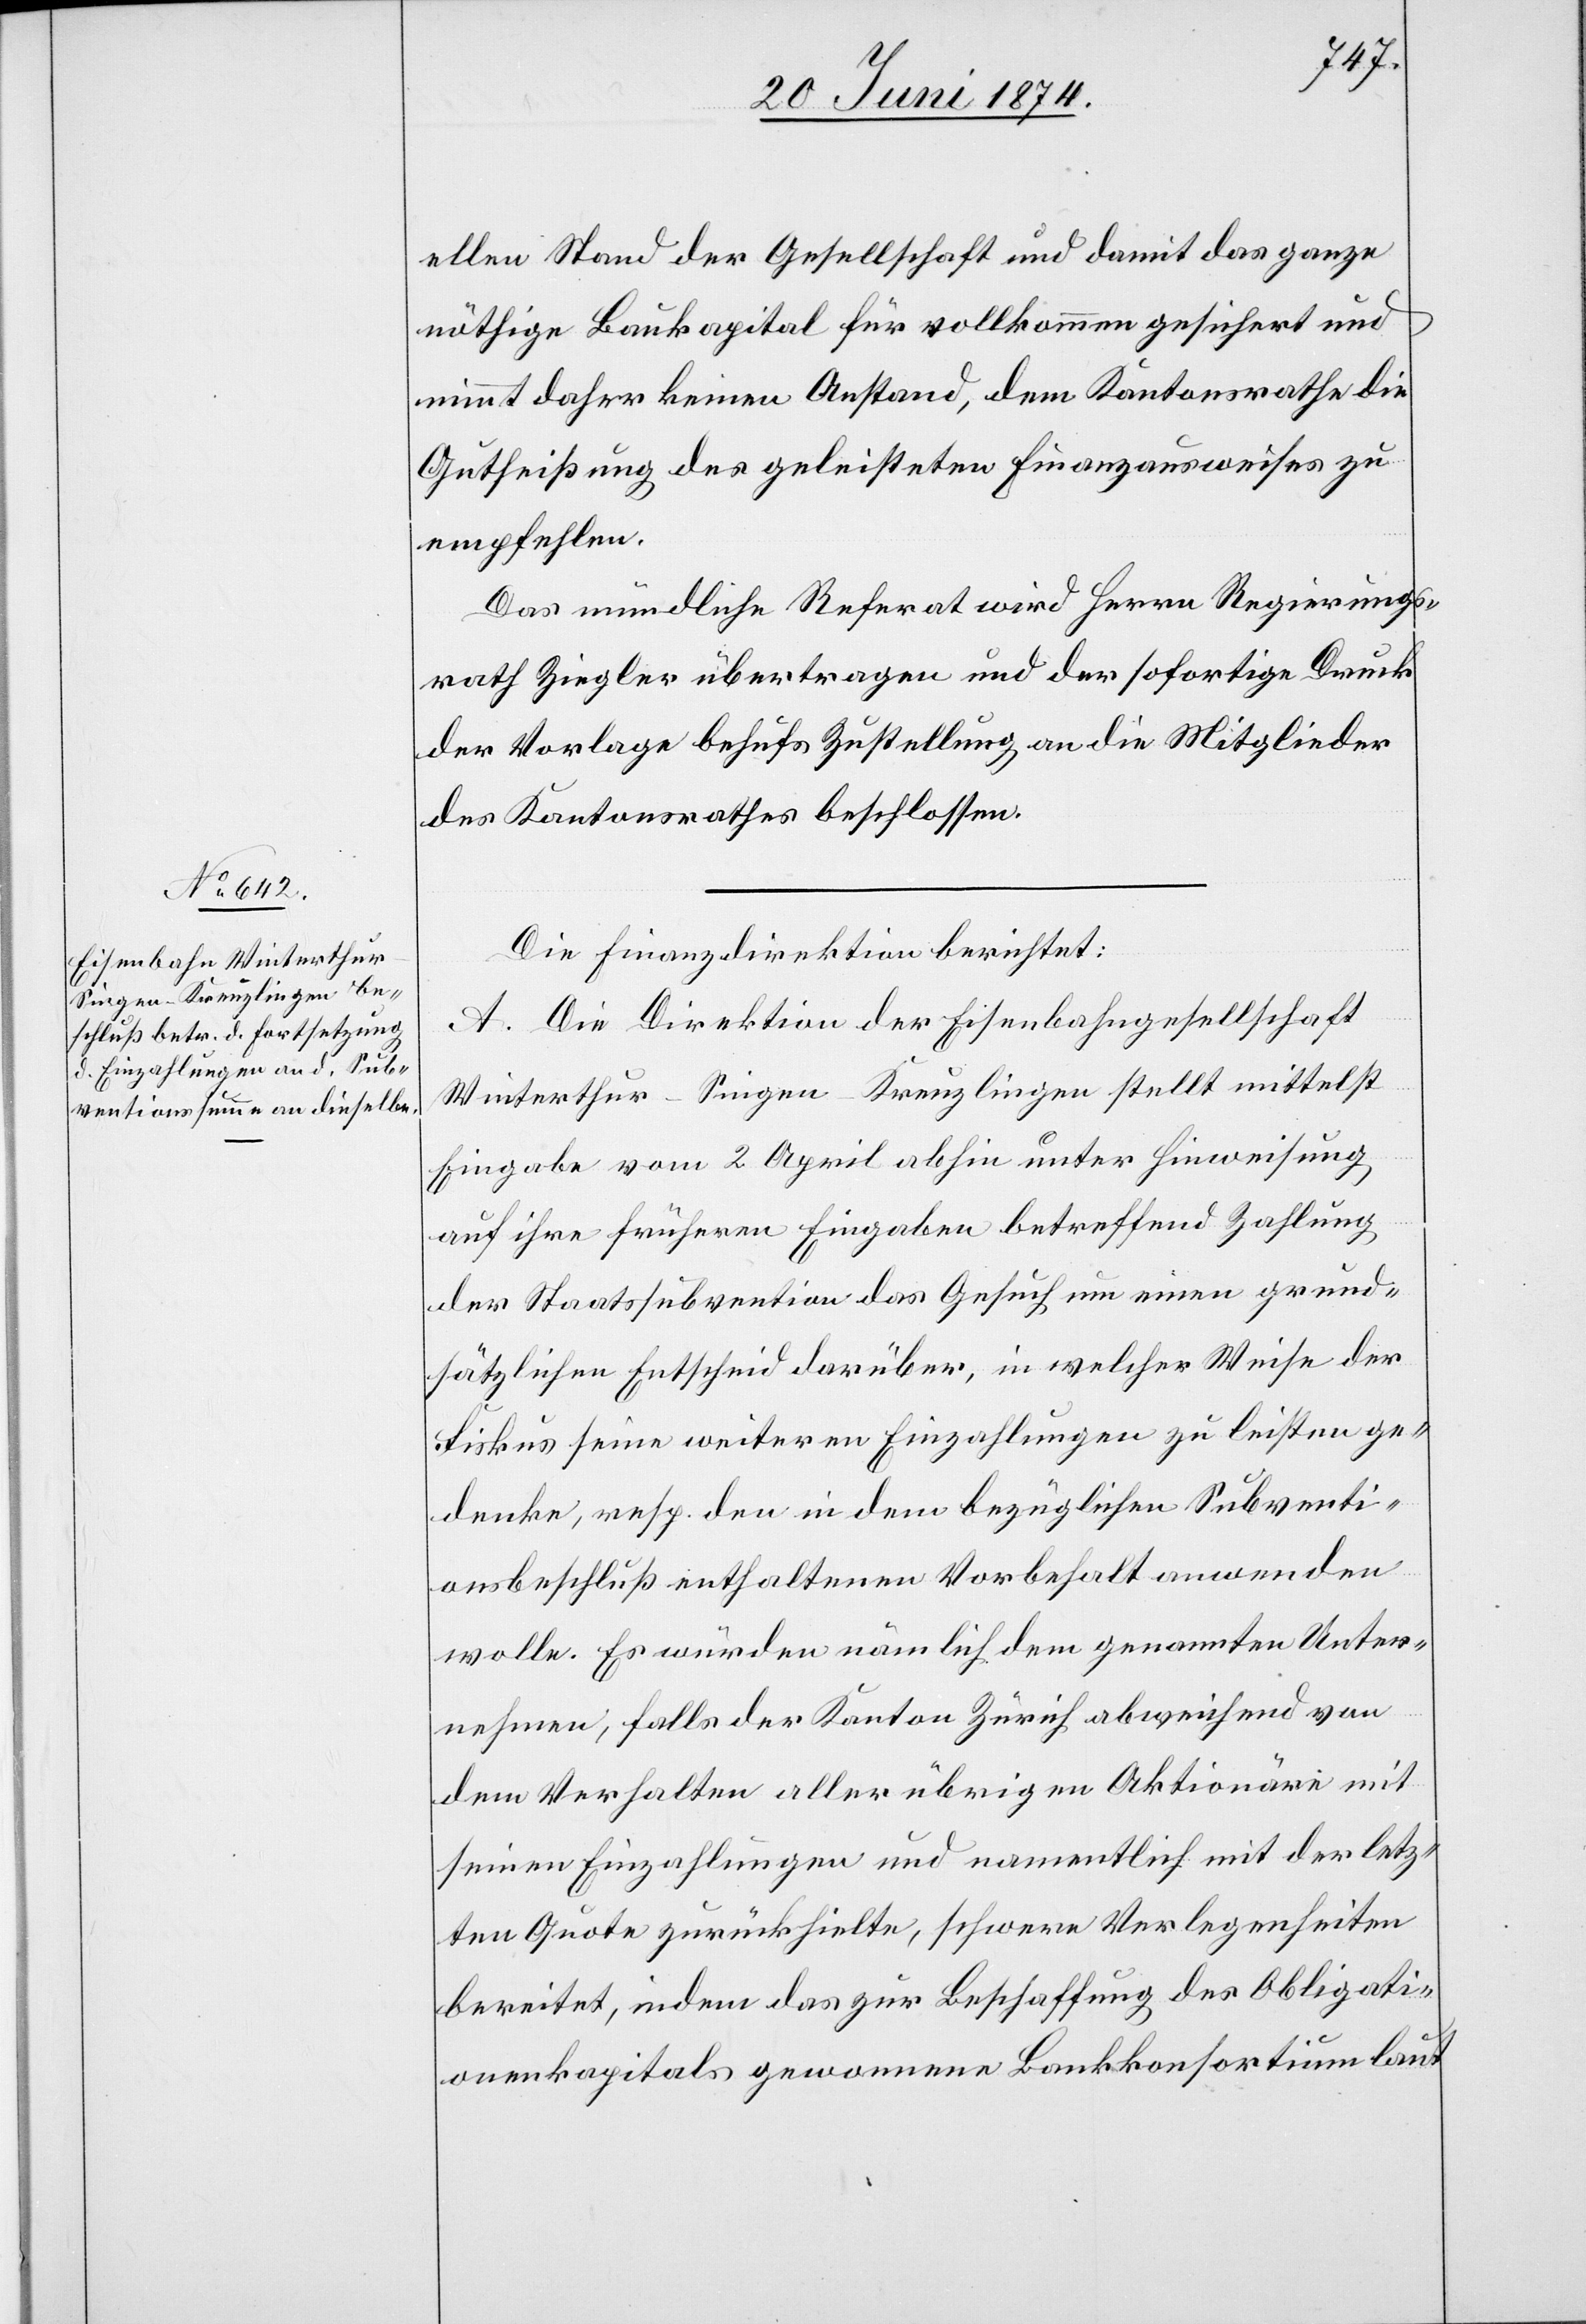
ellen Stand der Gesellschaft und damit das ganze
nöthige Baukapital für vollkommen gesichert und
nimmt daher keinen Anstand, dem Kantonsrathe die
Gutheißung des geleisteten Finanzausweises zu
empfehlen.
Das mündliche Referat wird Herrn Regierungs¬
rath Ziegler übertragen und der sofortige Druck
der Vorlage behufs Zustellung an die Mitglieder
des Kantonsrathes beschlossen.
Die Finanzdirektion berichtet:
A. Die Direktion der Eisenbahngesellschaft
Winterthur-Singen-Kreuzlingen stellt mittelst
Eingabe vom 2. April abhin unter Hinweisung
auf ihre früheren Eingaben betreffend Zahlung
der Staatssubvention das Gesuch um einen grund¬
sätzlichen Entscheid darüber, in welcher Weise der
Fiskus seine weiteren Einzahlungen zu leisten ge¬
denke, resp. den in dem bezüglichen Subventi¬
onsbeschluß enthaltenen Vorbehalt anwenden
wolle. Es würden nämlich dem genannten Unter¬
nehmen, falls der Kanton Zürich abweichend von
dem Verhalten aller übrigen Aktionäre mit
seinen Einzahlungen und namentlich mit der letz¬
ten Quote zurückhielte, schwere Verlegenheiten
bereitet, indem das zur Beschaffung des Obligati¬
onenkapitals gewonnene Bankkonsortium laut